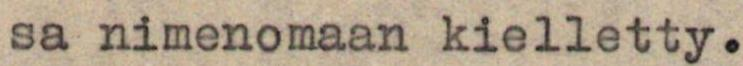
sa nimenomaan kielletty.